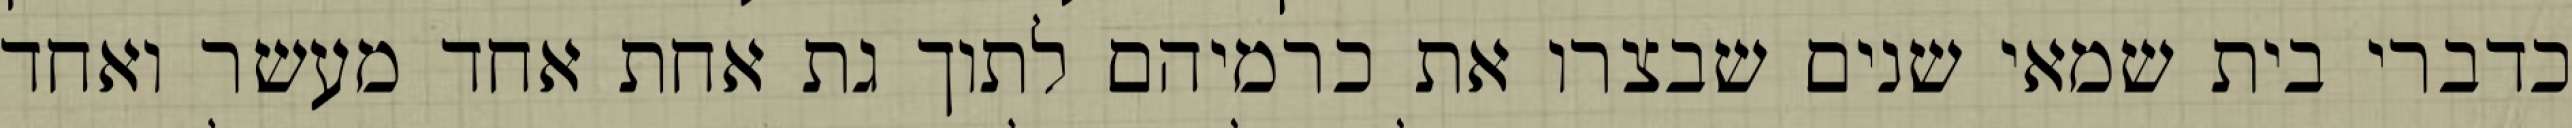
כדברי בית שמאי שנים שבצרו את כרמיהם לתוך גת אחת אחד מעשר ואחד